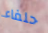
حلفاء